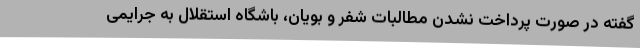
گفته در صورت پرداخت نشدن مطالبات شفر و بویان، باشگاه استقلال به جرایمی